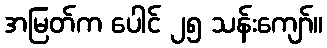
အမြတ်က ပေါင် ၂၅ သန်းကျော်။